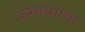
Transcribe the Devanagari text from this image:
ऊनवाला